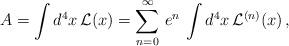
LaTeX: \begin{align*}A = \int d^4x \, {\cal L}(x) = \sum_{n = 0}^{\infty}\, e^n \, \int d^4x \, {\cal L}^{(n)}(x) \,,\end{align*}